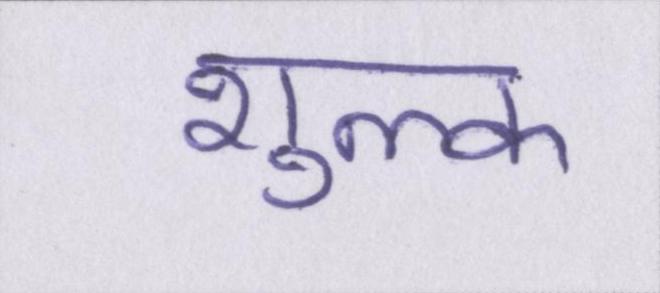
शुल्क